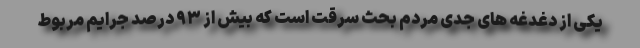
یکی از دغدغه های جدی مردم بحث سرقت است که بیش از ۹۳ درصد جرایم مربوط